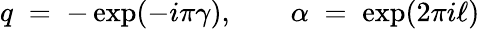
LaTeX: q\; =\; -\exp(-i\pi\gamma),\qquad\alpha\; =\; \exp(2\pi i\ell)